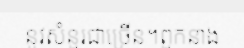
នូវសំនួរជាច្រើន។ពួកនាង